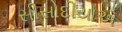
સીસોદીયાએ